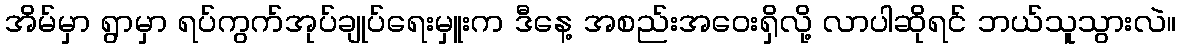
အိမ်မှာ ရွာမှာ ရပ်ကွက်အုပ်ချုပ်ရေးမှူးက ဒီနေ့ အစည်းအဝေးရှိလို့ လာပါဆိုရင် ဘယ်သူသွားလဲ။